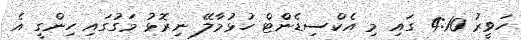
ހަވީރު 4:10 ގައި މި އެކްސިޑެންޓް ހުޅުމާލޭ ނިރޮޅު މަގުގައި ހިންގީ އެ